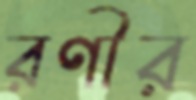
রণীর